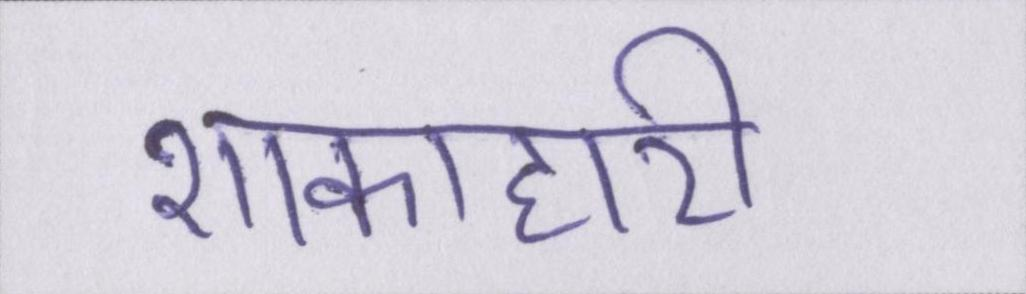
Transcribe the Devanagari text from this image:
शाकाहारी